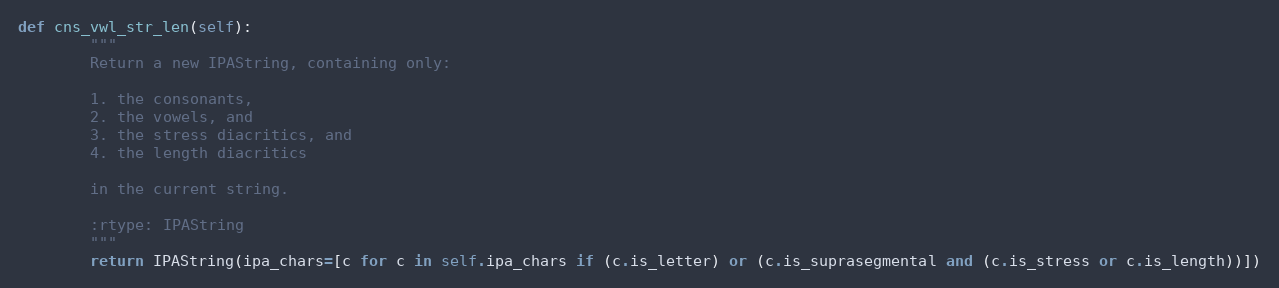
Language: Python
def cns_vwl_str_len(self):
        """
        Return a new IPAString, containing only:

        1. the consonants,
        2. the vowels, and
        3. the stress diacritics, and
        4. the length diacritics

        in the current string.

        :rtype: IPAString
        """
        return IPAString(ipa_chars=[c for c in self.ipa_chars if (c.is_letter) or (c.is_suprasegmental and (c.is_stress or c.is_length))])